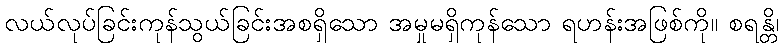
လယ်လုပ်ခြင်းကုန်သွယ်ခြင်းအစရှိသော အမှုမရှိကုန်သော ရဟန်းအဖြစ်ကို။ စရန္တိ၊